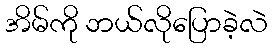
အိမ်ကို ဘယ်လိုပြောခဲ့လဲ